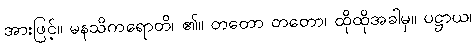
အားဖြင့်။ မနသိကရောတိ၊ ၏။ တတော တတော၊ ထိုထိုအခါမှ။ ပဋ္ဌာယ၊